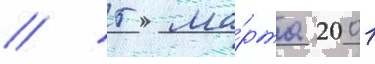
// 5 ма́рта 2001